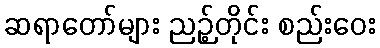
ဆရာတော်များ ညဉ့်တိုင်း စည်းဝေး